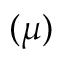
( \mu )